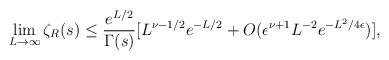
LaTeX: \begin{align*}\lim_{L\to \infty} \zeta_R(s) \le {{e^{L/2}}\over {\Gamma(s)}}[ L^{\nu -1/2}e^{-L/2} + O( \epsilon^{\nu+1} L^{-2} e^{-L^2/4\epsilon})] , \end{align*}